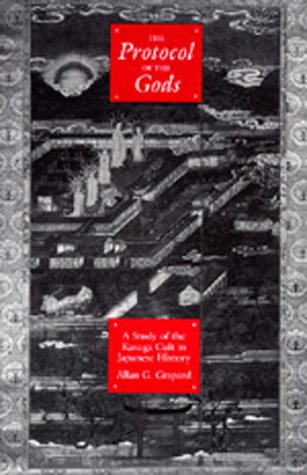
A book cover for The Protocol of the Gods: A Study of the Kasuga Cult in Japanese History; Allan G. Grapard; Religion & Spirituality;